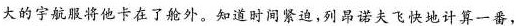
大的宇航服将他卡在了舱外，知道时间紧迫，列品诺夫飞快地计算一番，